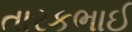
તારકભાઈ